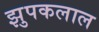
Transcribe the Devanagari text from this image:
झुपकलाल